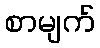
စာမျက်